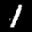
Label: 1